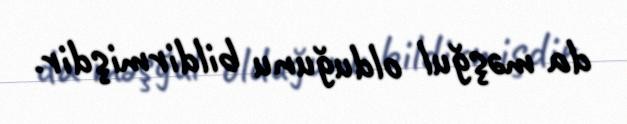
da məşğul olduğunu bildirmişdir.